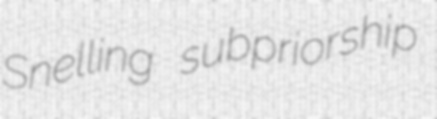
Snelling subpriorship